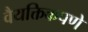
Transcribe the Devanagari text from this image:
वैयक्तिकपणे